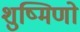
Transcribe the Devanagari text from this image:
शुष्मिणो